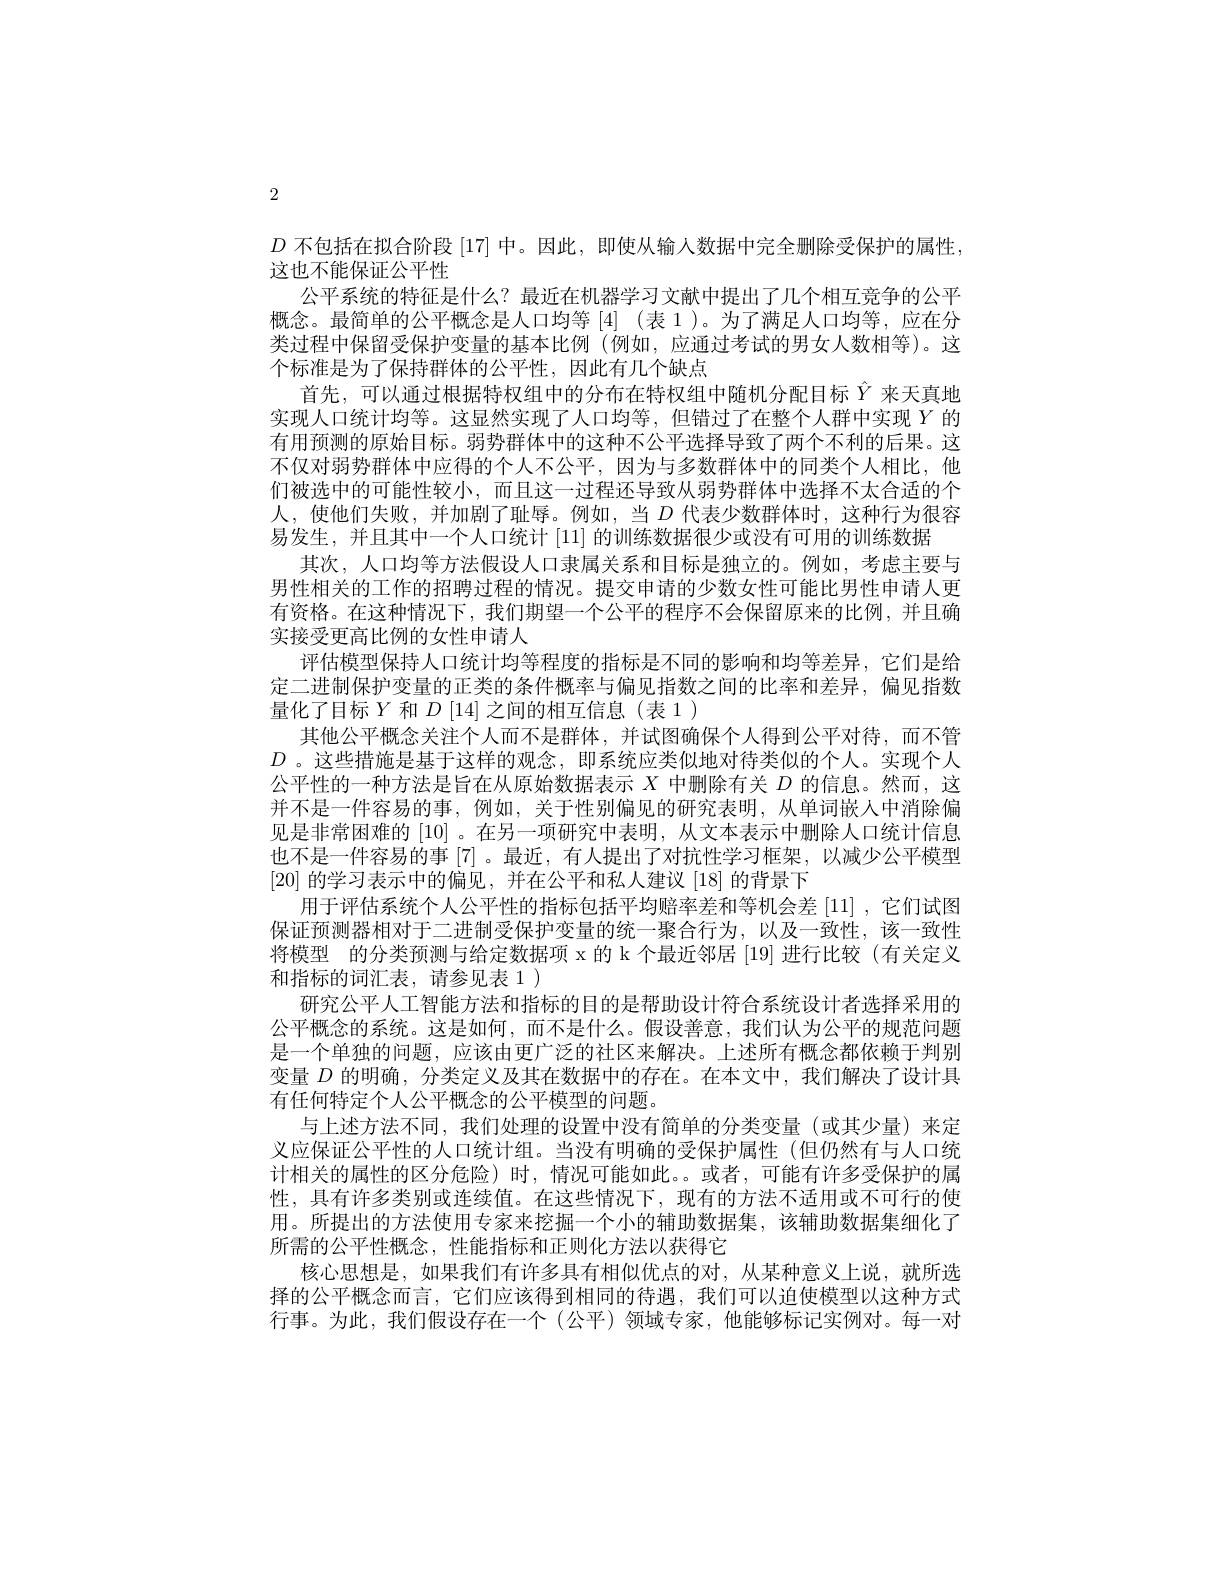
2

$D$不包括在拟合阶段[17]中。因此，即使从输入数据中完全删除受保护的属性.
这也不能保证公平性
公平系统的特征是什么？最近在机器学习文献中提出了几个相互竞争的公平概念。最简单的公平概念是人口均等 [4] (表 1)。为了满足人口均等，应在分类过程中保留受保护变量的基本比例(例如，应通过考试的男女人数相等)。这个标准是为了保持群体的公平性，因此有几个缺点
首先，可以通过根据特权组中的分布在特权组中随机分配目标$\hat{Y}$来天真地实现人口统计均等。这显然实现了人口均等，但错过了在整个人群中实现$Y$的有用预测的原始目标。弱势群体中的这种不公平选择导致了两个不利的后果。这不仅对弱势群体中应得的个人不公平，因为与多数群体中的同类个人相比，他们被选中的可能性较小，而且这一过程还导致从弱势群体中选择不太合适的个人，使他们失败，并加剧了耻辱。例如，当$D$ 代表少数群体时，这种行为很容易发生，并且其中一个人口统计[11]的训练数据很少或没有可用的训练数据
其次，人口均等方法假设人口隶属关系和目标是独立的。例如，考虑主要与男性相关的工作的招聘过程的情况。提交申请的少数女性可能比男性申请人更有资格。在这种情况下，我们期望一个公平的程序不会保留原来的比例，并且确实接受更高比例的女性申请人
评估模型保持人口统计均等程度的指标是不同的影响和均等差异，它们是给定二进制保护变量的正类的条件概率与偏见指数之间的比率和差异，偏见指数量化了目标$Y$ 和$D\left[14\right]$之间的相互信息(表1)
其他公平概念关注个人而不是群体，并试图确保个人得到公平对待，而不管$D$ 。这些措施是基于这样的观念，即系统应类似地对待类似的个人。实现个人公平性的一种方法是旨在从原始数据表示$X$中删除有关$D$的信息。然而，这并不是一件容易的事，例如，关于性别偏见的研究表明，从单词嵌人中消除偏见是非常困难的 [10] 。在另一项研究中表明，从文本表示中删除人口统计信息也不是一件容易的事 [7] 。最近，有人提出了对抗性学习框架，以减少公平模型[20]的学习表示中的偏见，并在公平和私人建议[18]的背景下
用于评估系统个人公平性的指标包括平均赔率差和等机会差[11] ,它们试图保证预测器相对于二进制受保护变量的统一聚合行为，以及一致性，该一致性将模型 的分类预测与给定数据项 x 的 k 个最近邻居 [19] 进行比较 (有关定义和指标的词汇表，请参见表 1 )
研究公平人工智能方法和指标的目的是帮助设计符合系统设计者选择采用的公平概念的系统。这是如何，而不是什么。假设善意，我们认为公平的规范问题是一个单独的问题，应该由更广泛的社区来解决。上述所有概念都依赖于判别变量$D$的明确，分类定义及其在数据中的存在。在本文中，我们解决了设计具有任何特定个人公平概念的公平模型的问题。
与上述方法不同，我们处理的设置中没有简单的分类变量(或其少量)来定义应保证公平性的人口统计组。当没有明确的受保护属性(但仍然有与人口统计相关的属性的区分危险)时，情况可能如此。或者，可能有许多受保护的属性，具有许多类别或连续值。在这些情况下，现有的方法不适用或不可行的使用。所提出的方法使用专家来挖掘一个小的辅助数据集，该辅助数据集细化了所需的公平性概念，性能指标和正则化方法以获得它
核心思想是，如果我们有许多具有相似优点的对，从某种意义上说，就所选择的公平概念而言，它们应该得到相同的待遇，我们可以迫使模型以这种方式行事。为此，我们假设存在一个(公平)领域专家，他能够标记实例对。每一对